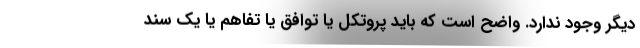
دیگر وجود ندارد. واضح است که باید پروتکل یا توافق یا تفاهم یا یک سند